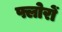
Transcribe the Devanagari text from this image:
फ्लोरों